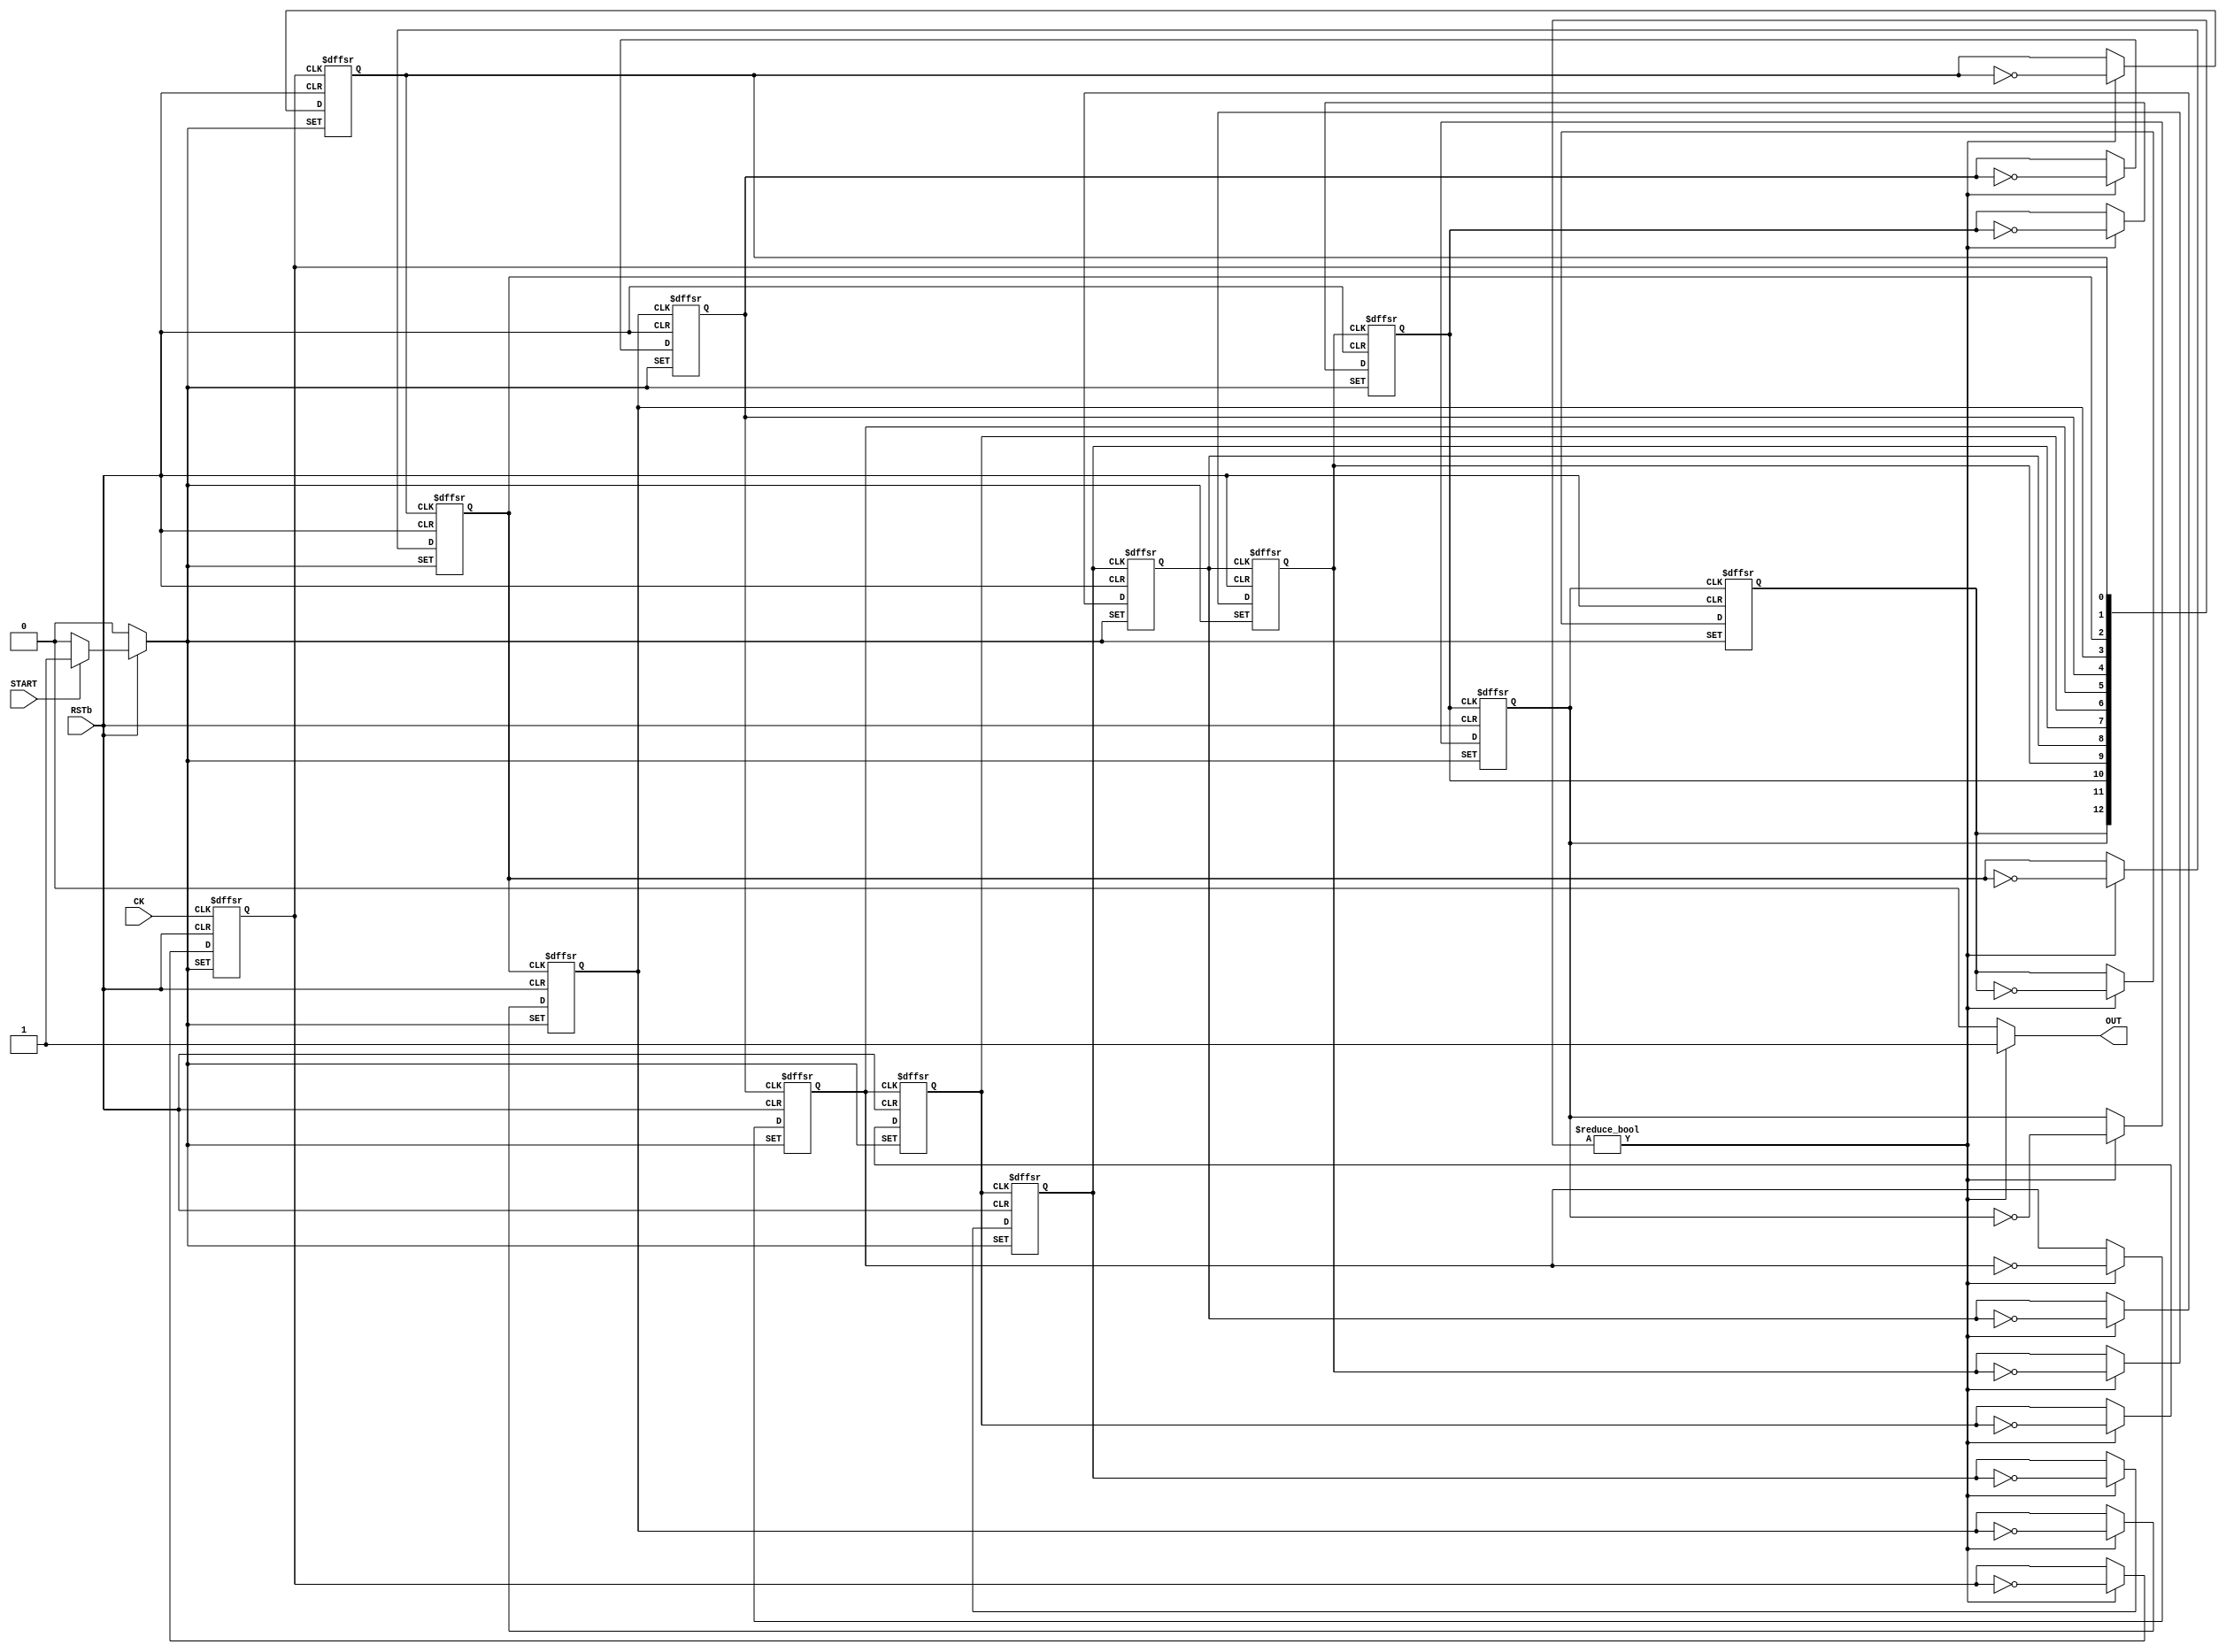
//	OneShot TurnOnLed1(.OUT(LED_1), .START(~ceB), .CK(ck_div8), .RSTb(RSTb));

// 13 bit ripple down counter with async preset and reset
module OneShot(OUT, START, CK, RSTb);
output OUT;
input START, CK, RSTb;

reg [12:0] count;
assign OUT = (count != 0) ? 1 : 0;

always @(posedge CK or posedge START or negedge RSTb)
begin
	if( RSTb == 0 )
		count[0] <= 0;
	else
		if( START == 1 )
			count[0] <= 1;
		else
			if( count != 0 )
				count[0] <= ~count[0];
end

always @(posedge count[0] or posedge START or negedge RSTb)
begin
	if( RSTb == 0 )
		count[1] <= 0;
	else
		if( START == 1 )
			count[1] <= 1;
		else
			if( count != 0 )
				count[1] <= ~count[1];
end

always @(posedge count[1] or posedge START or negedge RSTb)
begin
	if( RSTb == 0 )
		count[2] <= 0;
	else
		if( START == 1 )
			count[2] <= 1;
		else
			if( count != 0 )
				count[2] <= ~count[2];
end

always @(posedge count[2] or posedge START or negedge RSTb)
begin
	if( RSTb == 0 )
		count[3] <= 0;
	else
		if( START == 1 )
			count[3] <= 1;
		else
			if( count != 0 )
				count[3] <= ~count[3];
end

always @(posedge count[3] or posedge START or negedge RSTb)
begin
	if( RSTb == 0 )
		count[4] <= 0;
	else
		if( START == 1 )
			count[4] <= 1;
		else
			if( count != 0 )
				count[4] <= ~count[4];
end

always @(posedge count[4] or posedge START or negedge RSTb)
begin
	if( RSTb == 0 )
		count[5] <= 0;
	else
		if( START == 1 )
			count[5] <= 1;
		else
			if( count != 0 )
				count[5] <= ~count[5];
end

always @(posedge count[5] or posedge START or negedge RSTb)
begin
	if( RSTb == 0 )
		count[6] <= 0;
	else
		if( START == 1 )
			count[6] <= 1;
		else
			if( count != 0 )
				count[6] <= ~count[6];
end

always @(posedge count[6] or posedge START or negedge RSTb)
begin
	if( RSTb == 0 )
		count[7] <= 0;
	else
		if( START == 1 )
			count[7] <= 1;
		else
			if( count != 0 )
				count[7] <= ~count[7];
end

always @(posedge count[7] or posedge START or negedge RSTb)
begin
	if( RSTb == 0 )
		count[8] <= 0;
	else
		if( START == 1 )
			count[8] <= 1;
		else
			if( count != 0 )
				count[8] <= ~count[8];
end

always @(posedge count[8] or posedge START or negedge RSTb)
begin
	if( RSTb == 0 )
		count[9] <= 0;
	else
		if( START == 1 )
			count[9] <= 1;
		else
			if( count != 0 )
				count[9] <= ~count[9];
end

always @(posedge count[9] or posedge START or negedge RSTb)
begin
	if( RSTb == 0 )
		count[10] <= 0;
	else
		if( START == 1 )
			count[10] <= 1;
		else
			if( count != 0 )
				count[10] <= ~count[10];
end

always @(posedge count[10] or posedge START or negedge RSTb)
begin
	if( RSTb == 0 )
		count[11] <= 0;
	else
		if( START == 1 )
			count[11] <= 1;
		else
			if( count != 0 )
				count[11] <= ~count[11];
end

always @(posedge count[11] or posedge START or negedge RSTb)
begin
	if( RSTb == 0 )
		count[12] <= 0;
	else
		if( START == 1 )
			count[12] <= 1;
		else
			if( count != 0 )
				count[12] <= ~count[12];
end

endmodule